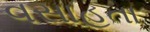
વસાહતા